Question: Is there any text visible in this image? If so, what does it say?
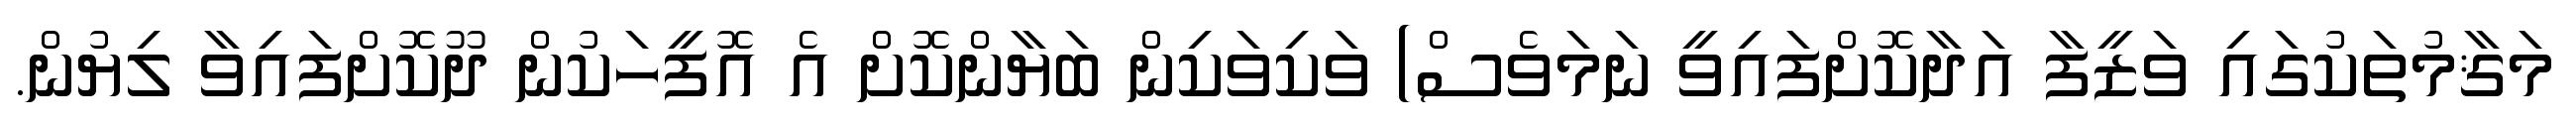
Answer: މަޤާމުތަކުގައި ވަޒީފާ އަދާކޮށްފައިވީ ނަމަވެސް) ވަކިވަކިން ބަޔާންކޮށް އެ އޮފީހަކުން ދޫކޮށްފައިވާ ލިޔުން.